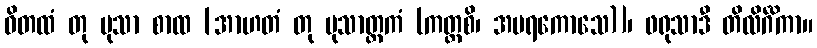
ဝိတထံ တု မုသာ စာထ [အာဟတံ တု မုသာတ္ထကံ (ကတ္ထစိ၊ အမရကောသေ)]၊ ဖရုသာဒီ တိလိင်္ဂိကာ။